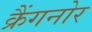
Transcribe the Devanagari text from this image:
क्रैंगनोर